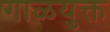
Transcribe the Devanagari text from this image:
गाळयुक्त